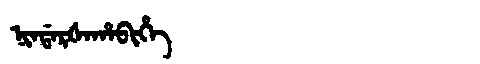
Manchu: ᠨᡳᠨᡩᠠᡵᡧᠠᡥᠠᠪᡳᡥᡝ
Romanization: NINDARŠAHABIHE